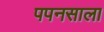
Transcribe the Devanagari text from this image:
पपनसाला